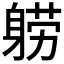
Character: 𬧤